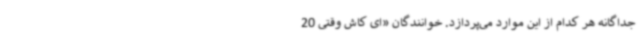
جداگانه هر کدام از این موارد می‌پردازد. خوانندگان «ای کاش وقتی 20